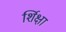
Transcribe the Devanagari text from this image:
र्शिक्षा